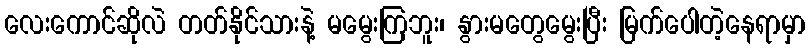
လေးကောင်ဆိုလဲ တတ်နိုင်သားနဲ့ မမွေးကြဘူး၊ နွားမတွေမွေးပြီး မြက်ပေါတဲ့နေရာမှာ